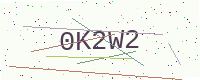
Text: 0K2W2